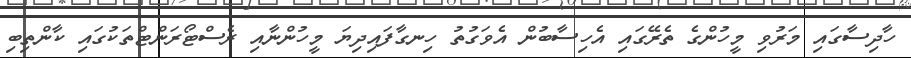
ހާދިސާގައި މަރުވި މީހުންގެ ތެރޭގައި އެހިސާބުން އެވަގުތު ހިނގާފައިދިޔަ މީހުންނާއި ރެސްޓޯރަންޓްތަކުގައި ކާންތިބި